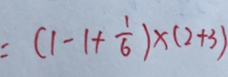
= ( 1 - 1 + \frac { 1 } { 6 } ) \times ( 2 + 3 )